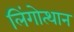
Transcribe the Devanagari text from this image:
लिंगोत्थान